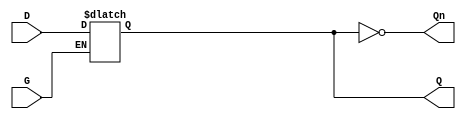
module async_gated_latch (
    input wire D,      // Data input
    input wire G,      // Gate control signal
    output reg Q,      // Output
    output wire Qn     // Inverted output
);

// Invert Q for the inverted output
assign Qn = ~Q;

// Always block to implement the latch behavior
always @(*) begin
    if (G) begin
        Q = D;      // When G is high, latch follows D
    end
    // If G is low, Q retains its previous value (no need for else, as it is reg type)
end

endmodule